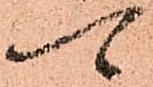
可